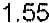
1.55